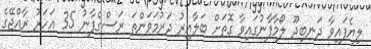
ލިޔެފައިވާ ދަނބިދޫ ލޯމާފާނުގައިވާ ގޮތަށް ބަލާއިރު ދަރުމަވަންތަ ރަސްގެފާނު 35 އަހަރު ރާއްޖޭގެ